Language: tamil
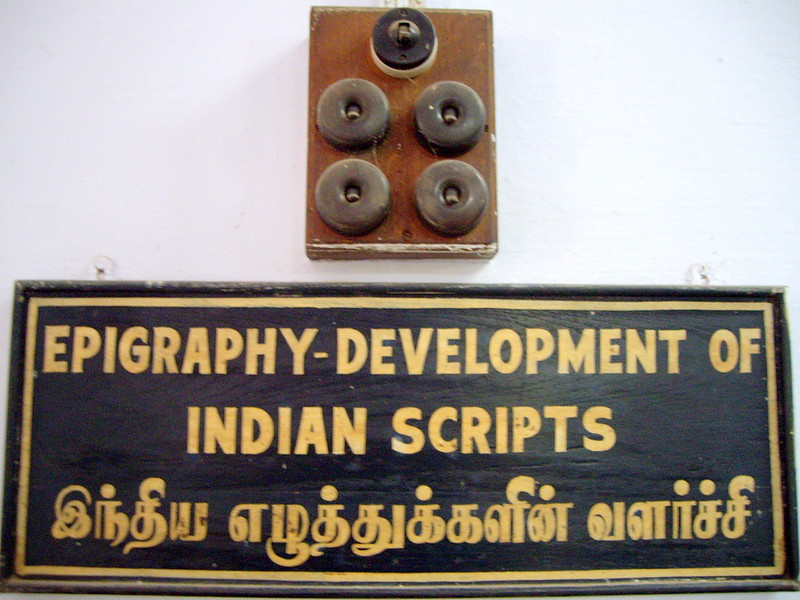
Transcription: இந்திய எழுத்துக்களின் வளா்ச்சி